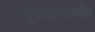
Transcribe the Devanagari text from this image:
मुल्तानपर्यंत